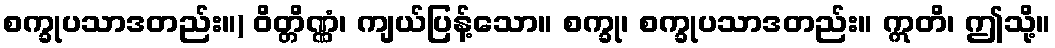
စက္ခုပသာဒတည်း။) ဝိတ္တိဏ္ဏံ၊ ကျယ်ပြန့်သော။ စက္ခု၊ စက္ခုပသာဒတည်း။ ဣတိ၊ ဤသို့။